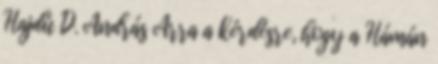
Hajdú D. András Arra a kérdésre, hogy a Hámán